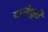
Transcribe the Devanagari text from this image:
बालेश्वरी